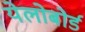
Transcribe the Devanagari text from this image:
येलोबोर्ड